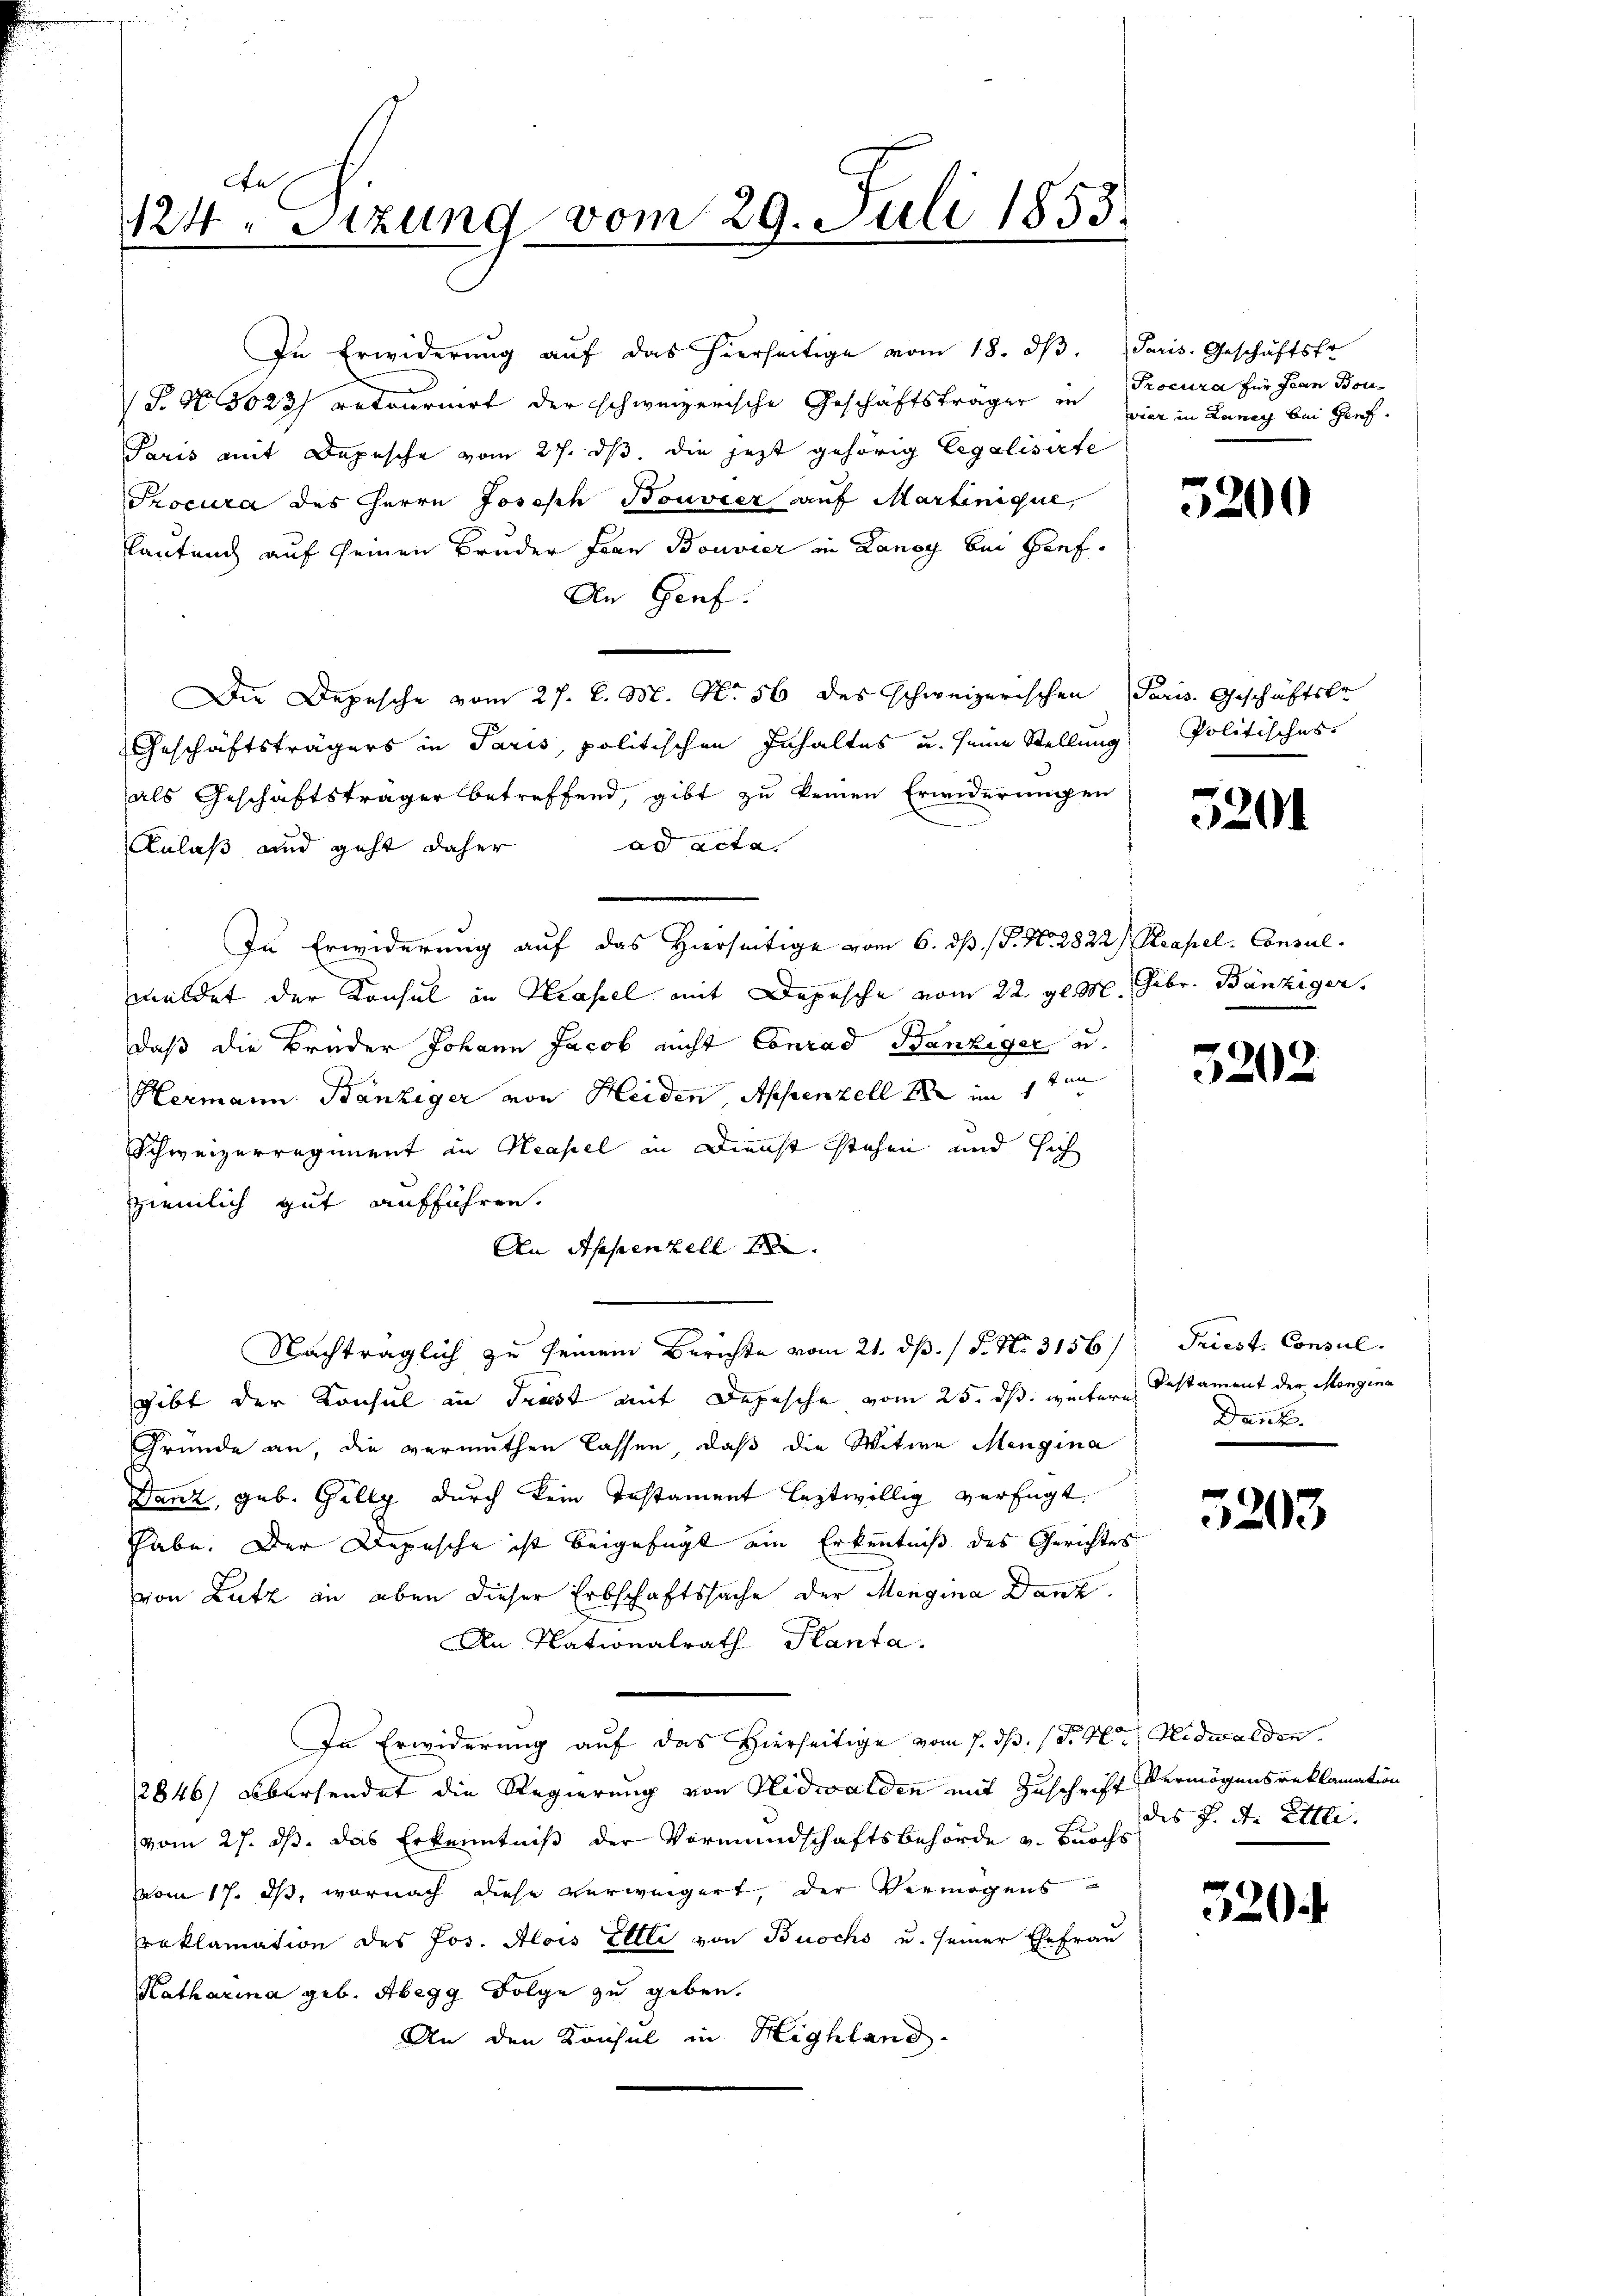
De
124. Sizung vom 29. Juli 1853.

Paris mit Depesche vom 27. ds. die jetzt gehörig Legalisirte
Procura des Herrn Joseph Bouvier auf Martinique,
lautench auf seinen Bruder Frau Bouvier in Langy bei Hief¬
An Genf.
Die Depesche vom 27. d. M. No. 56 des schweizerischen Paris Geschäftstr
Geschäftsträgers in Paris, politischen Inhaltes u. seine Stellung Politisches
als Geschäftsträger betreffend, gibt zu keinen Erwiderungen
ad acta
Anlaß und geht daher
In Erwiderung auf das Hierseitige vom 6. ds. (T. No. 2822) Reapel-Consul
meldet der Konsul in Krassel mit Depesche vom 22. gl. M. Febr. Bänziger.
daß die Brüder Johann Jacob nicht Conrad Banziger u.
4
Hermann Bänziger von Heiden Appenzell er im 1
Schweizerregiment in Neapel in Dienst stehen und sich
ziemlich gut aufführen.
An Appenzell A.
Nachträglich zu seinem Berichte vom 21. ds. / P. Nr. 3156/ Triest. Consul
gibt der Konsul in Trost mit Depesche vom 25. ds. weiter Testament der Mangina
Grunde an, die vermuthen lassen, daß die Witwe Mengina
Danz, geb. Gilly durch kein Instament leztwillig verfügt.
habe. Der Depesche ist beigefügt ein Erkenntniß des Gerichtes
von Lutz an eben dieser Erbschaftssache der Mengina Danz.
An Nationalrath Planta.
In Erwiderung auf das Hierseitige vom 7. ds. (T. K. Nidwalden.
2846) Übersendet die Regierung von Nidwalden mit Zuschrift Vermögensreklamation
vom 27. ds. das Erkenntniß der Vormundschaftsbehörde u. Burchs
vom 17. ds, wornach diese verweigert, der Vermögens
reklamation des Jos. Alois Ellle von Buochs u. seiner Ehefrau
Katharina geb. Abegg Folge zu geben.
An den Konsul in Highland.

In Erwiderung aŭf das hierseitige vom 18. dβ. Paris. Geschäftsfr
a
P. Nr. 3023) retournirt der schweizerische Geschäftsträger in Procura für Jean Bou¬

vier in Laney bei Genf.

5200

5204

5202

Dank.

5203

des F. In Ettli.

520.